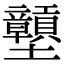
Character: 𡔕